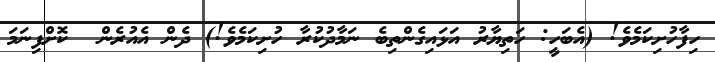
ހިފާހުށިކަމެވެ! (އެބަހީ: ހަތިޔާރު އަޅައިގެންތިބެ ނަމާދުކުރާ ހުށިކަމެވެ!) ދެން އެއުރެން  ކޮށްފިނަމަ